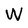
Character: W